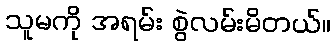
သူမကို အရမ်း စွဲလမ်းမိတယ်။